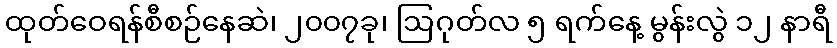
ထုတ်ဝေရန်စီစဉ်နေဆဲ၊ ၂၀၀၇ခု၊ ဩဂုတ်လ ၅ ရက်နေ့ မွန်းလွဲ ၁၂ နာရီ